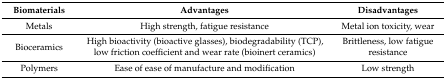
| Biomaterials | Advantages | Disadvantages |
 | --- | --- | --- |
 | Metals | High strength, fatigue resistance | Metal ion toxicity, wear |
 | Bioceramics | High bioactivity (bioactive glasses), biodegradability (TCP), low friction coefficient and wear rate (bioinert ceramics) | Brittleness, low fatigue resistance |
 | Polymers | Ease of ease of manufacture and modification | Low strength |